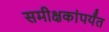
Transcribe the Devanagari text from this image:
समीक्षकांपर्यंत